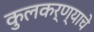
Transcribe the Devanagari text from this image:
कुलकर्ण्याचे